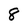
Character: 8